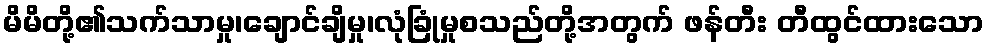
မိမိတို့၏သက်သာမှု၊ချောင်ချိမှု၊လုံခြုံမှုစသည်တို့အတွက် ဖန်တီး တီထွင်ထားသော